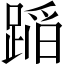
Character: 𨂻